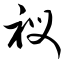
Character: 衩